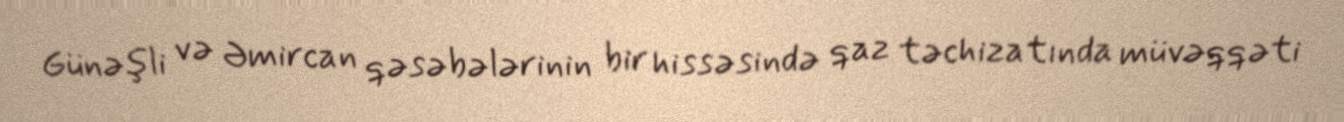
Günəşli və Əmircan qəsəbələrinin bir hissəsində qaz təchizatında müvəqqəti